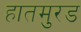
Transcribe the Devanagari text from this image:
हातमुरड